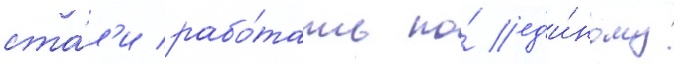
ста́л'и рабо́тать по́ ед'и́ному